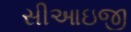
સીઆઇજી